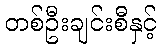
တစ်ဦးချင်းစီနှင့်